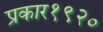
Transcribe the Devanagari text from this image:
प्रकार१९२०